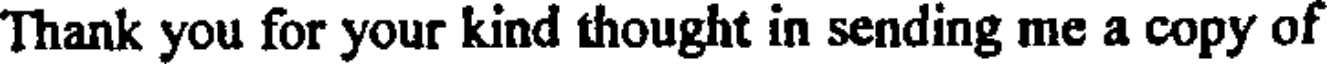
Thank you for your kind thought in sending me a copy of